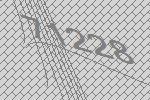
71228